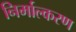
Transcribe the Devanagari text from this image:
निर्माल्करण